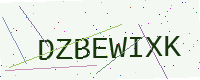
Text: DZBEWIXK